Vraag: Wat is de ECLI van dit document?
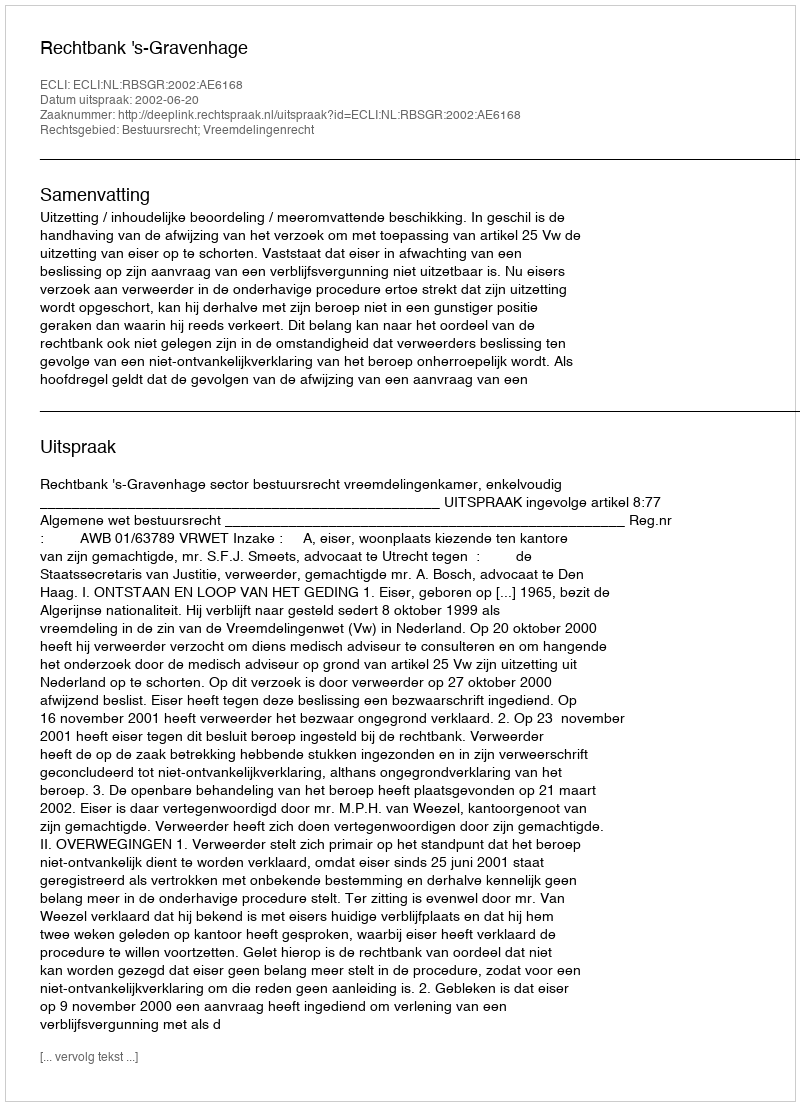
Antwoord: ECLI:NL:RBSGR:2002:AE6168